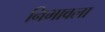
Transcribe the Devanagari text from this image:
निभावला